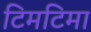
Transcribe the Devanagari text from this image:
टिमटिमा